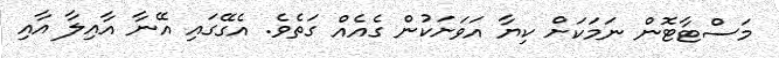
މަސްޓާޓޮން ނަމަކަށް ކިޔާ އަވަށަކުން ގެއެއް ގަތެވެ. އެގޭގައި އޭނާ އާއިލާ އާއި